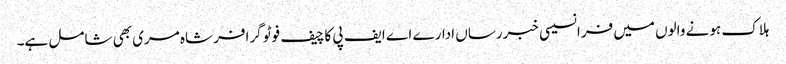
ہلاک ہونے والوں میں فرانسیسی خبررساں ادارے اے ایف پی کا چیف فوٹو گرافر شاہ مری بھی شامل ہے۔